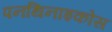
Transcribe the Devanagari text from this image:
पनथिनाइकोस